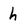
Character: h